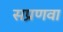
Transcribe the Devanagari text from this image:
सप्रणवा